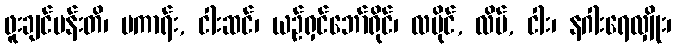
ဖူးချင်ပန်းတိ၊ မကာရ်း, ငါးဆင်၊ ယဉ်ရှင်ဘော်ရိုင်၊ လပိုင်, လိပ်, ငါး၊ နဂါးရေလျှိုး၊